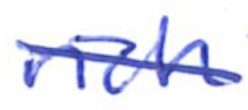
Text: rich
Cross-out: diagonal
Writing tool: ballpoint